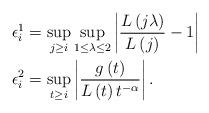
LaTeX: \begin{align*}\epsilon_{i}^{1} & =\sup_{j\geq i}\sup_{1\leq\lambda\leq2}\left|\frac{L\left(j\lambda\right)}{L\left(j\right)}-1\right|\\\epsilon_{i}^{2} & =\sup_{t\geq i}\left|\frac{g\left(t\right)}{L\left(t\right)t^{-\alpha}}\right|.\end{align*}